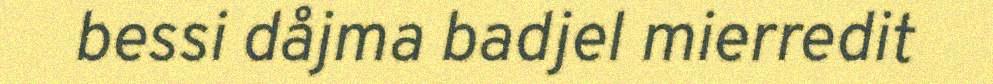
bessi dåjma badjel mierredit